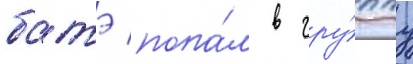
батэ попа́л в гру́ппу